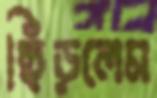
ছিঁড়লেম